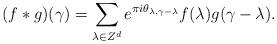
LaTeX: \begin{align*}(f * g)(\gamma) = \sum_{\lambda \in Z^{d}} e^{\pi i \theta_{\lambda, \gamma - \lambda} } f(\lambda)g(\gamma - \lambda).\end{align*}